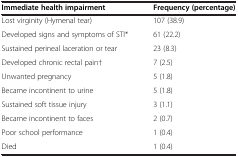
<table><thead><tr><td><b>Immediate health impairment</b></td><td><b>Frequency (percentage)</b></td></tr></thead><tbody><tr><td>Lost virginity (Hymenal tear)</td><td>107 (38.9)</td></tr><tr><td>Developed signs and symptoms of STI*</td><td>61 (22.2)</td></tr><tr><td>Sustained perineal laceration or tear</td><td>23 (8.3)</td></tr><tr><td>Developed chronic rectal pain†</td><td>7 (2.5)</td></tr><tr><td>Unwanted pregnancy</td><td>5 (1.8)</td></tr><tr><td>Became incontinent to urine</td><td>5 (1.8)</td></tr><tr><td>Sustained soft tissue injury</td><td>3 (1.1)</td></tr><tr><td>Became incontinent to faces</td><td>2 (0.7)</td></tr><tr><td>Poor school performance</td><td>1 (0.4)</td></tr><tr><td>Died</td><td>1 (0.4)</td></tr></tbody></table>